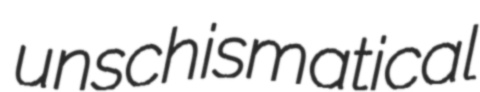
unschismatical